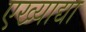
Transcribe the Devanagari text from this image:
एख्याद्या